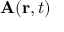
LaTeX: \mathbf { A } ( \mathbf { r } , t )